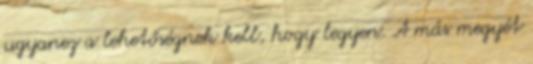
ugyanez a lehetőségnek kell, hogy legyen. A más megyét